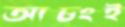
আচংই